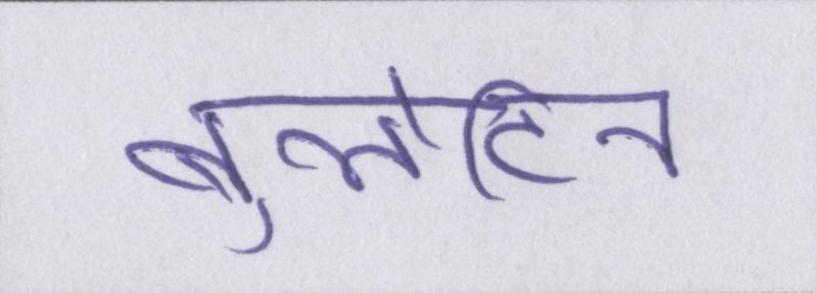
बुलेटिन